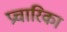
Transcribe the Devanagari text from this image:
प्रचारिका